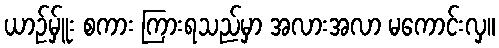
ယာဉ်မ်ှူး စကား ကြားရသည်မှာ အလားအလာ မကောင်းလှ။